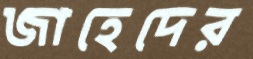
জাহেদের